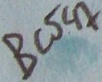
Text: BC547